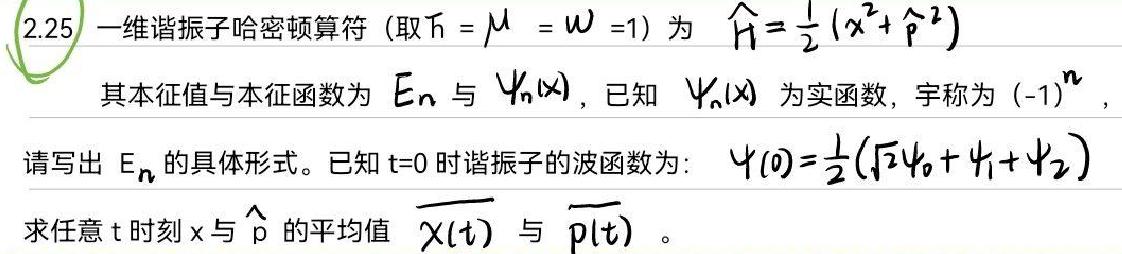
2.25 一维谐振子哈密顿算符（取$\hbar = \mu = \omega = 1$）为 $\hat{H}=\frac{1}{2}(x^{2}+\hat{p}^{2})$
其本征值与本征函数为 $E_{n}$ 与 $\psi_{n}(x)$，已知 $\psi_{n}(x)$ 为实函数，宇称为 $(-1)^{n}$，
请写出 $E_{n}$ 的具体形式。已知 $t = 0$ 时谐振子的波函数为：$\psi(0)=\frac{1}{2}(\sqrt{2}\psi_{0}+\psi_{1}+\psi_{2})$
求任意 $t$ 时刻 $x$ 与 $\hat{p}$ 的平均值 $\overline{x}(t)$ 与 $\overline{p}(t)$。